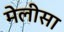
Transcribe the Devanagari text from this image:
मेलीसा